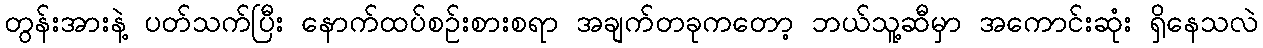
တွန်းအားနဲ့ ပတ်သက်ပြီး နောက်ထပ်စဉ်းစားစရာ အချက်တခုကတော့ ဘယ်သူ့ဆီမှာ အကောင်းဆုံး ရှိနေသလဲ